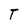
Character: T